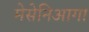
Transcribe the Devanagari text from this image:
मेसेनिआगा